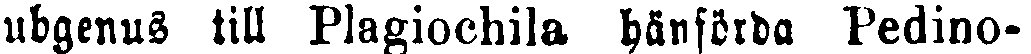
ubgenus till Plagiochila hänförda Pedino-